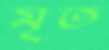
মৃত